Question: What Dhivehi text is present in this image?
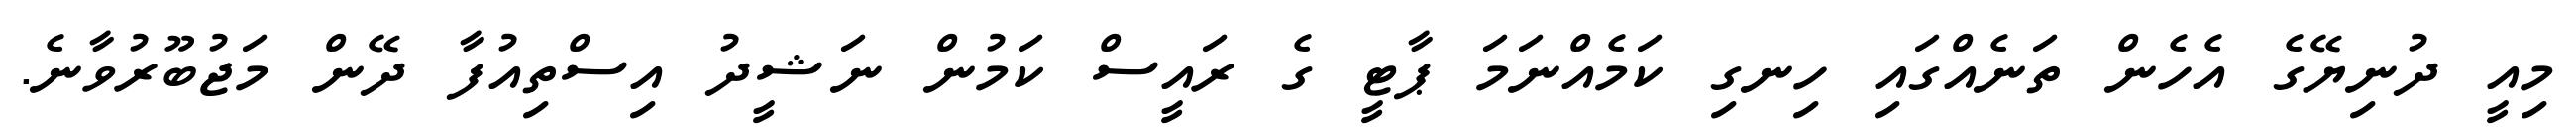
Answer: މިއީ ދުނިޔޭގެ އެހެން ތަނެއްގައި ހިނގި ކަމެއްނަމަ ޕާޓީ ގެ ރައީސް ކަމުން ނަޝީދު އިސްތިއުފާ ދޭން މަޖުބޫރުވާނެ.